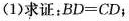
(1)求证：$$BD=CD$$；